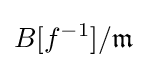
B[f^{-1}]/{\mathfrak {m}}